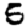
Digit: 5